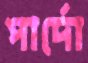
পার্দো